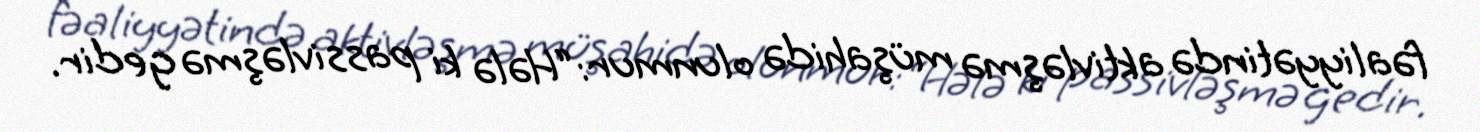
fəaliyyətində aktivləşmə müşahidə olunmur:“Hələ ki passivləşmə gedir.